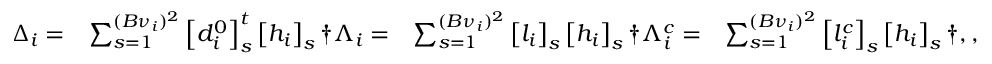
\begin{array} { r l r l } { \Delta _ { i } = } & { \sum _ { s = 1 } ^ { ( B { \nu } _ { i } ) ^ { 2 } } \left[ d _ { i } ^ { 0 } \right] _ { s } ^ { t } \left[ h _ { i } \right] _ { s } \dag \Lambda _ { i } = } & { \sum _ { s = 1 } ^ { ( B { \nu } _ { i } ) ^ { 2 } } \left[ l _ { i } \right] _ { s } \left[ h _ { i } \right] _ { s } \dag \Lambda _ { i } ^ { c } = } & { \sum _ { s = 1 } ^ { ( B { \nu } _ { i } ) ^ { 2 } } \left[ l _ { i } ^ { c } \right] _ { s } \left[ h _ { i } \right] _ { s } \dag , , } \end{array}